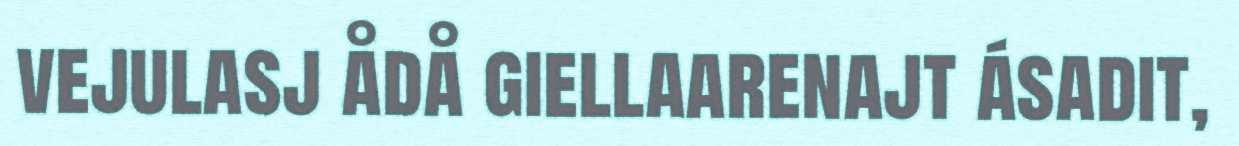
vejulasj ådå giellaarenajt ásadit,